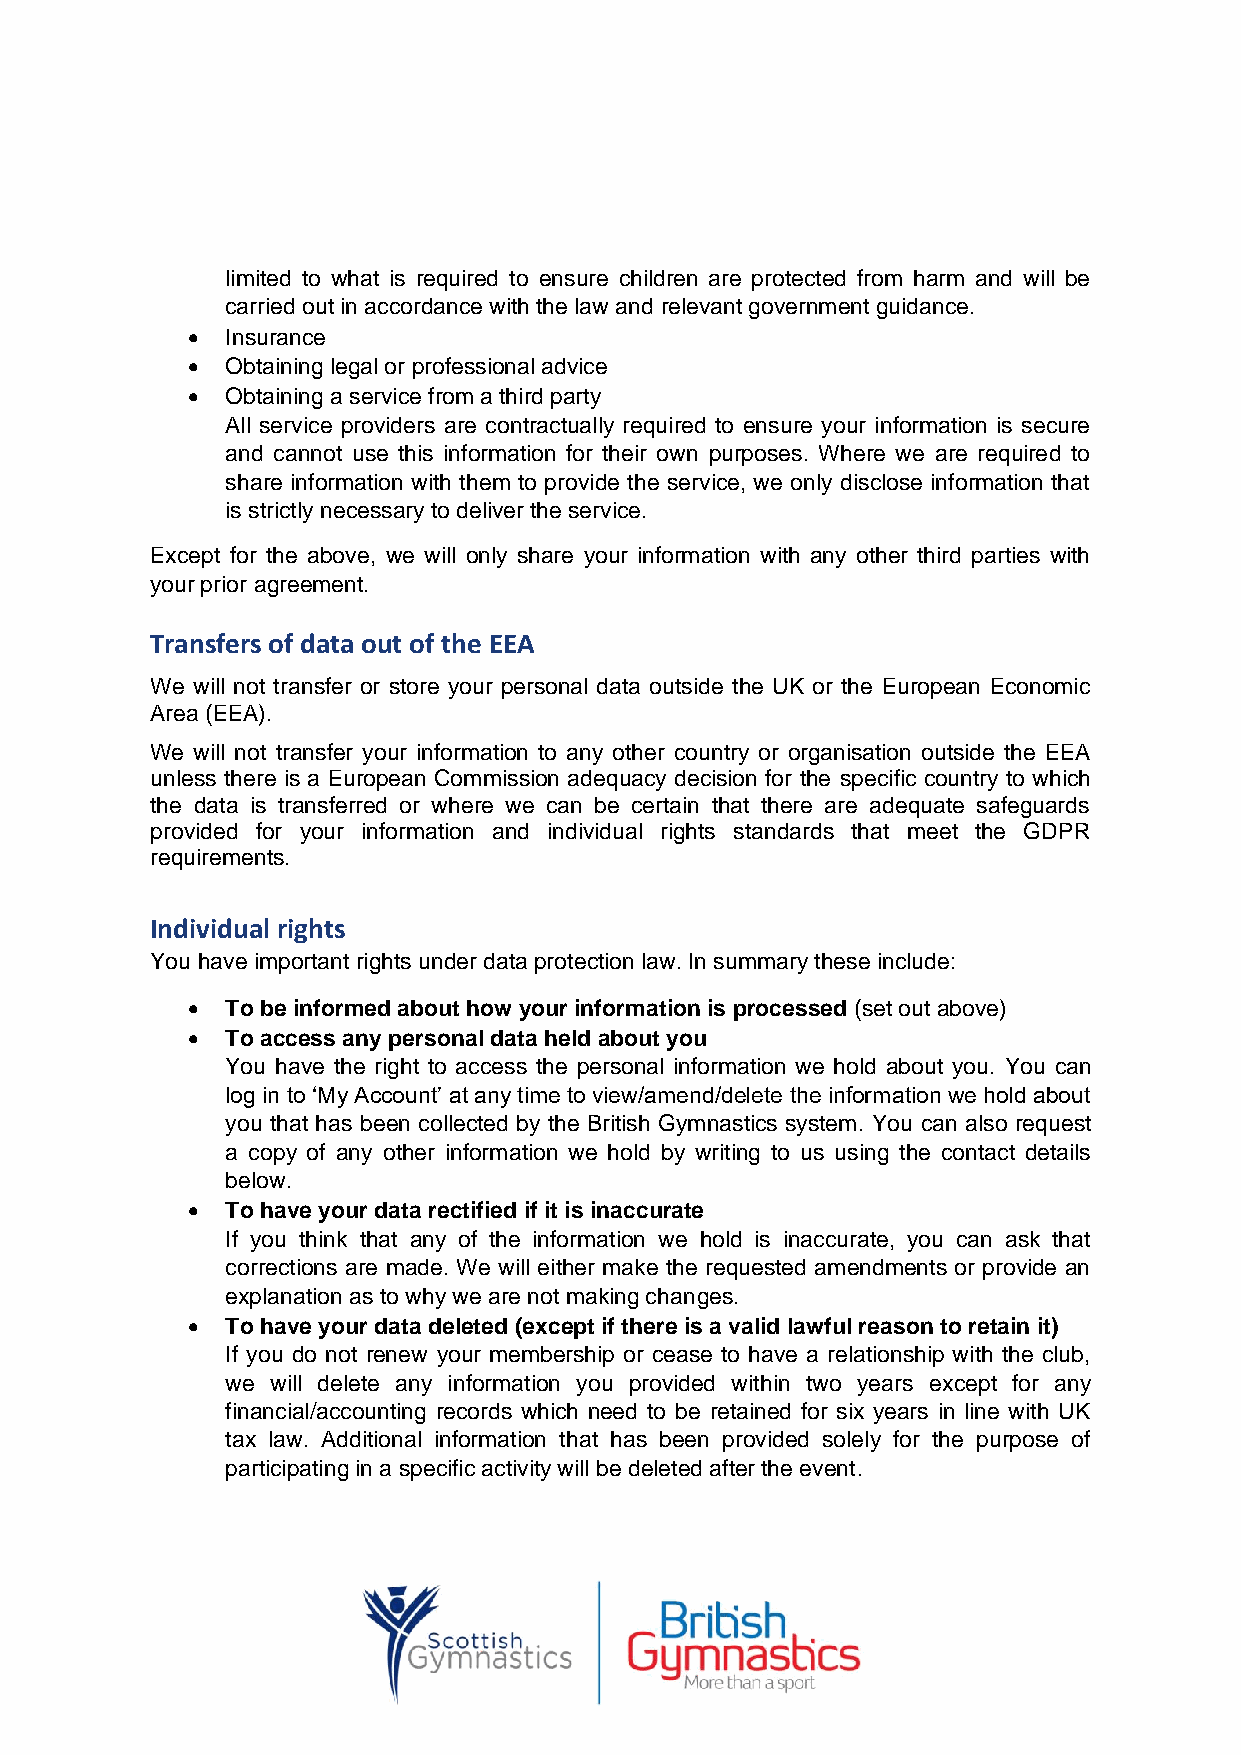
limited to what is required to ensure children are protected from harm and will be
 carried out in accordance with the law and relevant government guidance.
 •  Insurance
 •  Obtaining legal or professional advice
 •  Obtaining a service from a third party
 All service providers are contractually required to ensure your information is secure
 and cannot use this information for their own purposes. Where we are required to
 share information with them to provide the service, we only disclose information that
 is strictly necessary to deliver the service.
 Except for the above, we will only share your information with any other third parties with
 your prior agreement.
 Transfers of data out of the EEA
 We will not transfer or store your personal data outside the UK or the European Economic
 Area (EEA).
 We will not transfer your information to any other country or organisation outside the EEA
 unless there is a European Commission adequacy decision for the specific country to which
 the data is transferred or where we can be certain that there are adequate safeguards
 provided for your information and individual rights standards that meet the GDPR
 requirements.
 Individual rights
 You have important rights under data protection law. In summary these include:
 •  To be informed about how your information is processed (set out above)
 •  To access any personal data held about you
 You have the right to access the personal information we hold about you. You can
 log in to ‘My Account’ at any time to view/amend/delete the information we hold about
 you that has been collected by the British Gymnastics system. You can also request
 a copy of any other information we hold by writing to us using the contact details
 below.
 •  To have your data rectified if it is inaccurate
 If you think that any of the information we hold is inaccurate, you can ask that
 corrections are made. We will either make the requested amendments or provide an
 explanation as to why we are not making changes.
 •  To have your data deleted (except if there is a valid lawful reason to retain it)
 If you do not renew your membership or cease to have a relationship with the club,
 we will delete any information you provided within two years except for any
 financial/accounting records which need to be retained for six years in line with UK
 tax law. Additional information that has been provided solely for the purpose of
 participating in a specific activity will be deleted after the event.